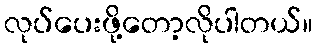
လုပ်ပေးဖို့တော့လိုပါတယ်။